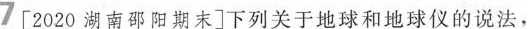
7 [2020湖南邵阳期末]下列关于地球和地球仪的说法，